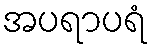
အပရာပရံ